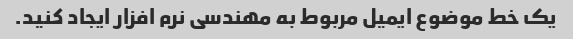
یک خط موضوع ایمیل مربوط به مهندسی نرم افزار ایجاد کنید.